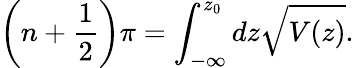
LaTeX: \left(n+\frac{1}{2}\right)\pi=\int_{-\infty}^{z_{0}}dz\sqrt{V(z)}.